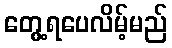
တွေ့ရပေလိမ့်မည်